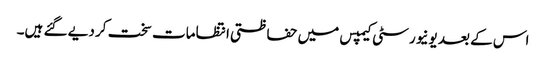
اس کے بعد یونیورسٹی کیمپس میں حفاظتی انتظامات سخت کر دیے گئے ہیں۔